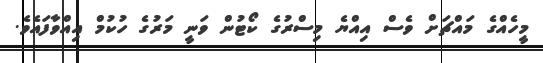
މީހެއްގެ މައްޗަށް ވެސް އިއްޔެ މިސްރުގެ ކޯޓުން ވަނީ މަރުގެ ހުކުމް އިއްވާފައެވެ.